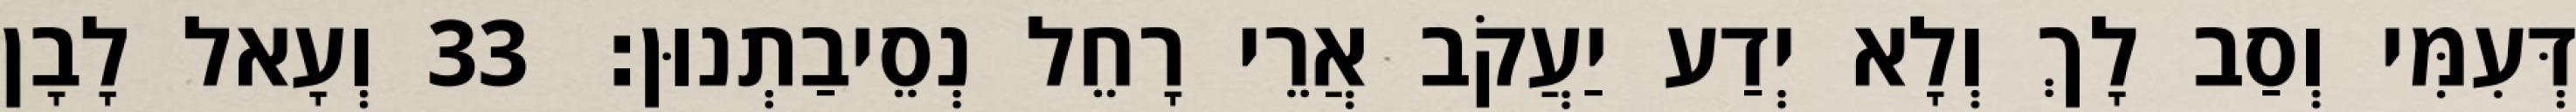
דְּעִמִּי וְסַב לָךְ וְלָא יְדַע יַעֲקֹב אֲרֵי רָחֵל נְסֵיבַתְנוּן׃ 33 וְעָאל לָבָן